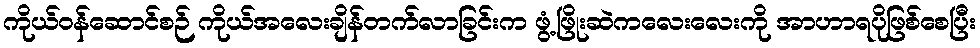
ကိုယ်ဝန်ဆောင်စဉ် ကိုယ်အလေးချိန်တက်လာခြင်းက ဖွံ့ဖြိုးဆဲကလေးလေးကို အာဟာရပိုဖြစ်စေပြီး